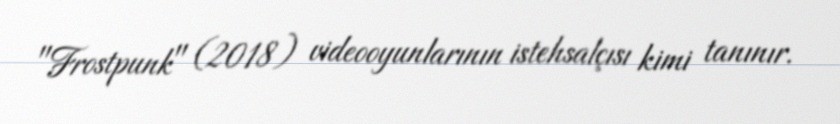
"Frostpunk" (2018) videooyunlarının istehsalçısı kimi tanınır.